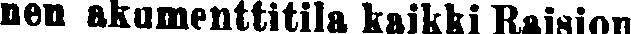
nen akumenttitila kaikki Raision